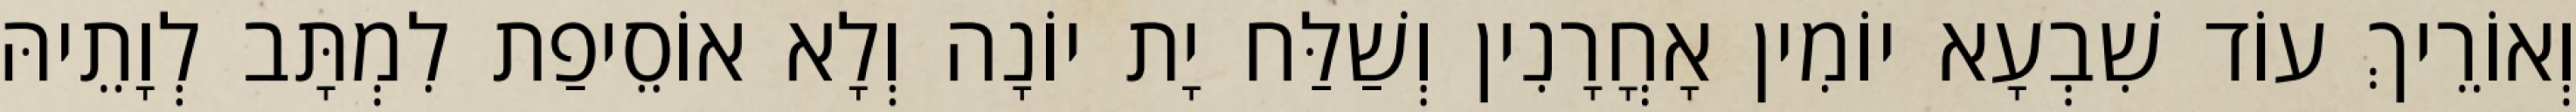
וְאוֹרֵיךְ עוֹד שִׁבְעָא יוֹמִין אָחֳרָנִין וְשַׁלַּח יָת יוֹנָה וְלָא אוֹסֵיפַת לִמְתָּב לְוָתֵיהּ